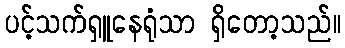
ပင့်သက်ရှူနေရုံသာ ရှိတော့သည်။